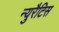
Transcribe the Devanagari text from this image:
न्युरैटिस